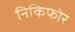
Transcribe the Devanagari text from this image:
निकिफोर